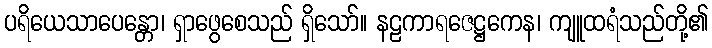
ပရိယေသာပေန္တော၊ ရှာဖွေစေသည် ရှိသော်။ နဠကာရဇေဋ္ဌကေန၊ ကျူထရံသည်တို့၏